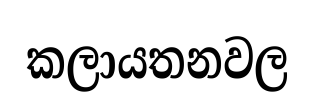
කලායතනවල